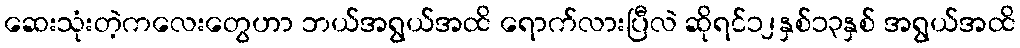
ဆေးသုံးတဲ့ကလေးတွေဟာ ဘယ်အရွယ်အထိ ရောက်လားပြီလဲ ဆိုရင်၁၂နှစ်၁၃နှစ် အရွယ်အထိ